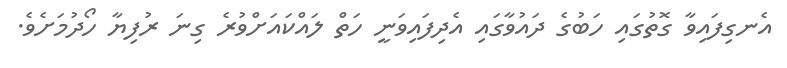
އެނގިފައިވާ ގޮތުގައި ހަބުގެ ދައުވާގައި އެދިފައިވަނީ ހަތް ލައްކައަށްވުރެ ގިނަ ރުފިޔާ ހޯދުމަށެވެ.